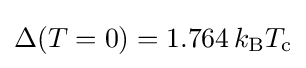
\Delta (T=0)=1.764\,k_{\rm {B}}T_{\rm {c}}